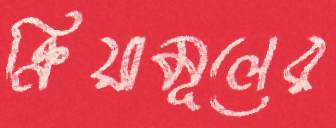
ক্রিয়ামূলের